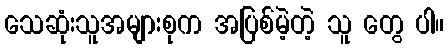
သေဆုံးသူအများစုက အပြစ်မဲ့တဲ့ သူ တွေ ပါ။